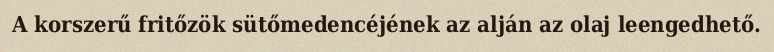
A korszerű fritőzök sütőmedencéjének az alján az olaj leengedhető.